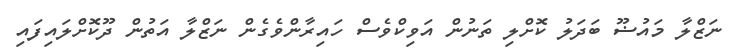
ނަޒްލާ މައުޟޫ ބަދަލު ކޮށްލި ތަނުން އަވިކްވެސް ހައިރާންވެގެން ނަޒްލާ އަތުން ދޫކޮށްލައިފައި